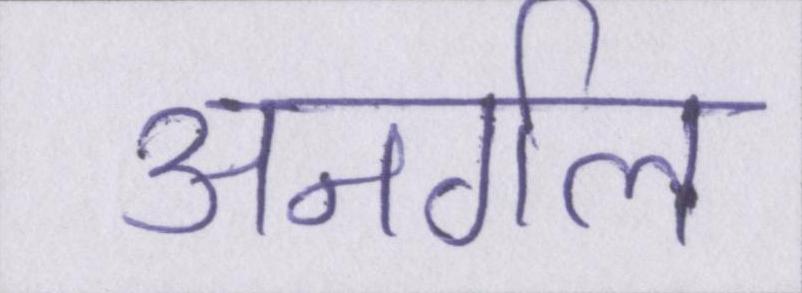
अनर्गल